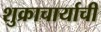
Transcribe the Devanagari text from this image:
शुक्राचार्याची